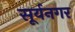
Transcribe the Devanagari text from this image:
सूर्यनगर